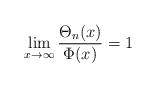
LaTeX: \begin{align*}\lim_{x\to\infty}\frac{\Theta_n(x)}{\Phi(x)}=1\end{align*}